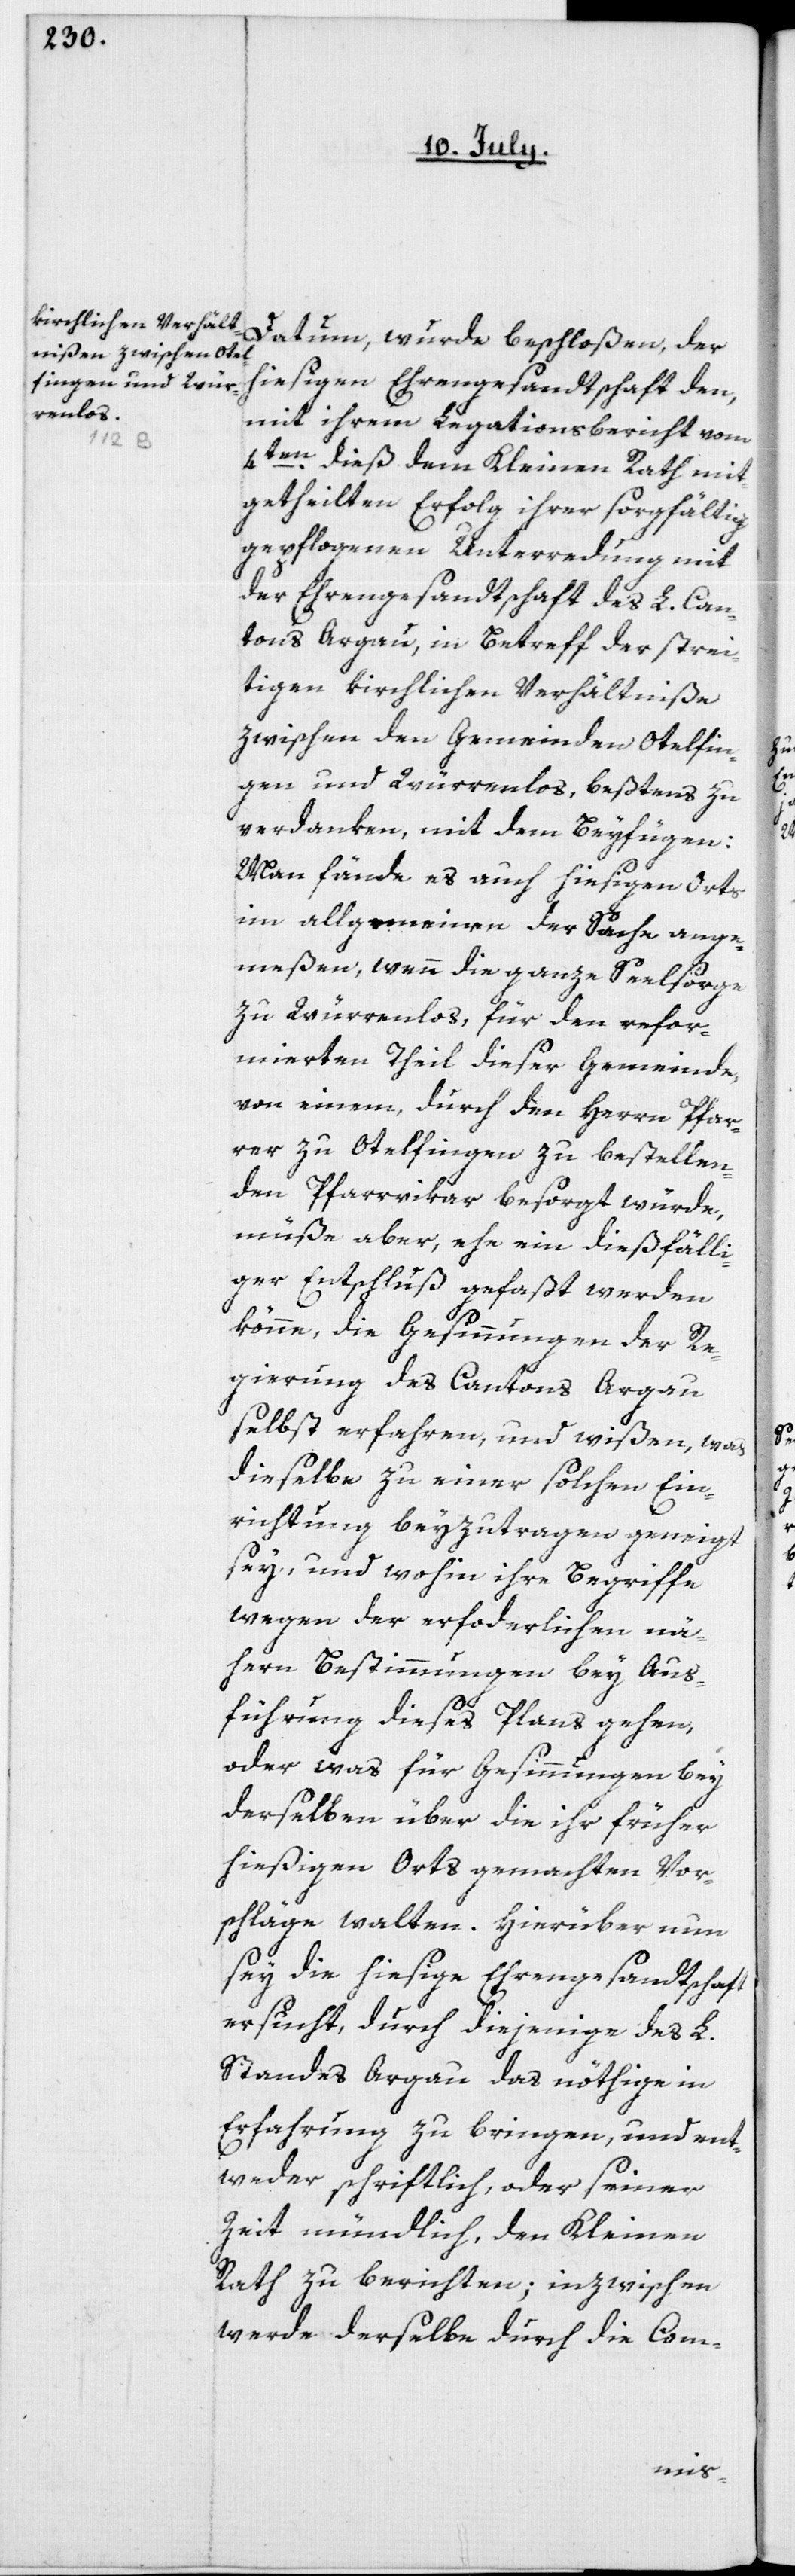
Datum wurde beschloßen, der
hiesigen Ehrengesandtschaft den,
mit ihrem Legationsbericht vom
4ten dieß dem Kleinen Rath mit¬
getheilten Erfolg ihrer sorgfältig
gepflogenen Unterredung mit
der Ehrengesandtschaft des L. Can¬
tons Argau, in Betreff der strei¬
tigen kirchlichen Verhältniße
zwischen den Gemeinden Otelfin¬
gen und Würrenlos, beßtens zu
verdanken, mit dem Beyfügen:
Man fände es auch hiesigen Orts
im allgemeinen der Sache ange¬
meßen, wenn die ganze Seelsorge
zu Würrenlos, für den refor¬
mierten Theil dieser Gemeinde,
von einem, durch den Herrn Pfar¬
rer zu Otelfingen zu bestellen¬
den Pfarrvikar besorgt würde,
müße aber, ehe ein dießfälli¬
ger Entschluß gefaßt werden
könne, die Gesinnungen der Re¬
gierung des Cantons Argau
selbst erfahren, und wißen, was
dieselbe zu einer solchen Ein¬
richtung beyzutragen geneigt
sey, und wohin ihre Begriffe
wegen der erforderlichen nä¬
hern Bestimmungen bey Aus¬
führung dieses Plans gehen,
oder was für Gesinnungen bey
derselben über die ihr früher
hießigen Orts gemachten Vor¬
schläge walten. Hierüber nun
sey die hiesige Ehrengesandtschaft
ersucht, durch diejenige des L.
Standes Argau das nöthige in
Erfahrung zu bringen, und ent¬
weder schriftlich, oder seiner
Zeit mündlich, den Kleinen
Rath zu berichten; inzwischen
werde derselbe durch die Com-